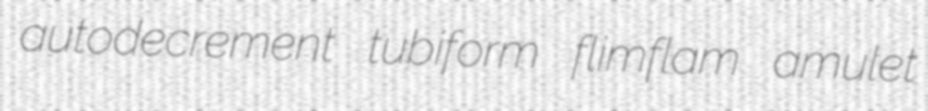
autodecrement tubiform flimflam amulet